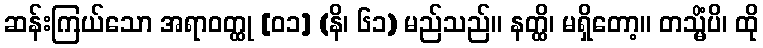
ဆန်းကြယ်သော အရာဝတ္ထု [၀၁] (နိ၊ ၆၁) မည်သည်။ နတ္ထိ၊ မရှိတော့။ တသ္မိံပိ၊ ထို